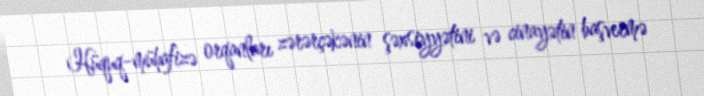
Hüquq-mühafizə orqanları zərərçəkənin şəxsiyyətini və cinayətin başvermə